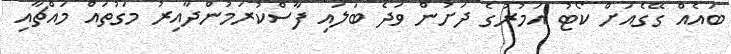
ބައެއް ގޭގެއަށް ކޯޓު އަމުރުގެ ދަށުން ވަދެ ބަލައި ފާސްކުރަމުންދާއިރު މަގުތައް މައްޗާއި